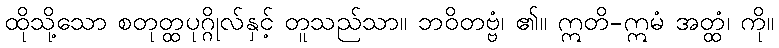
ထိုသို့သော စတုတ္ထပုဂ္ဂိုလ်နှင့် တူသည်သာ။ ဘဝိတဗ္ဗံ၊ ၏။ ဣတိ-ဣမံ အတ္ထံ၊ ကို။